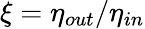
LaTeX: \xi=\eta_{out}/\eta_{in}